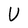
Character: U